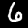
Digit: 6